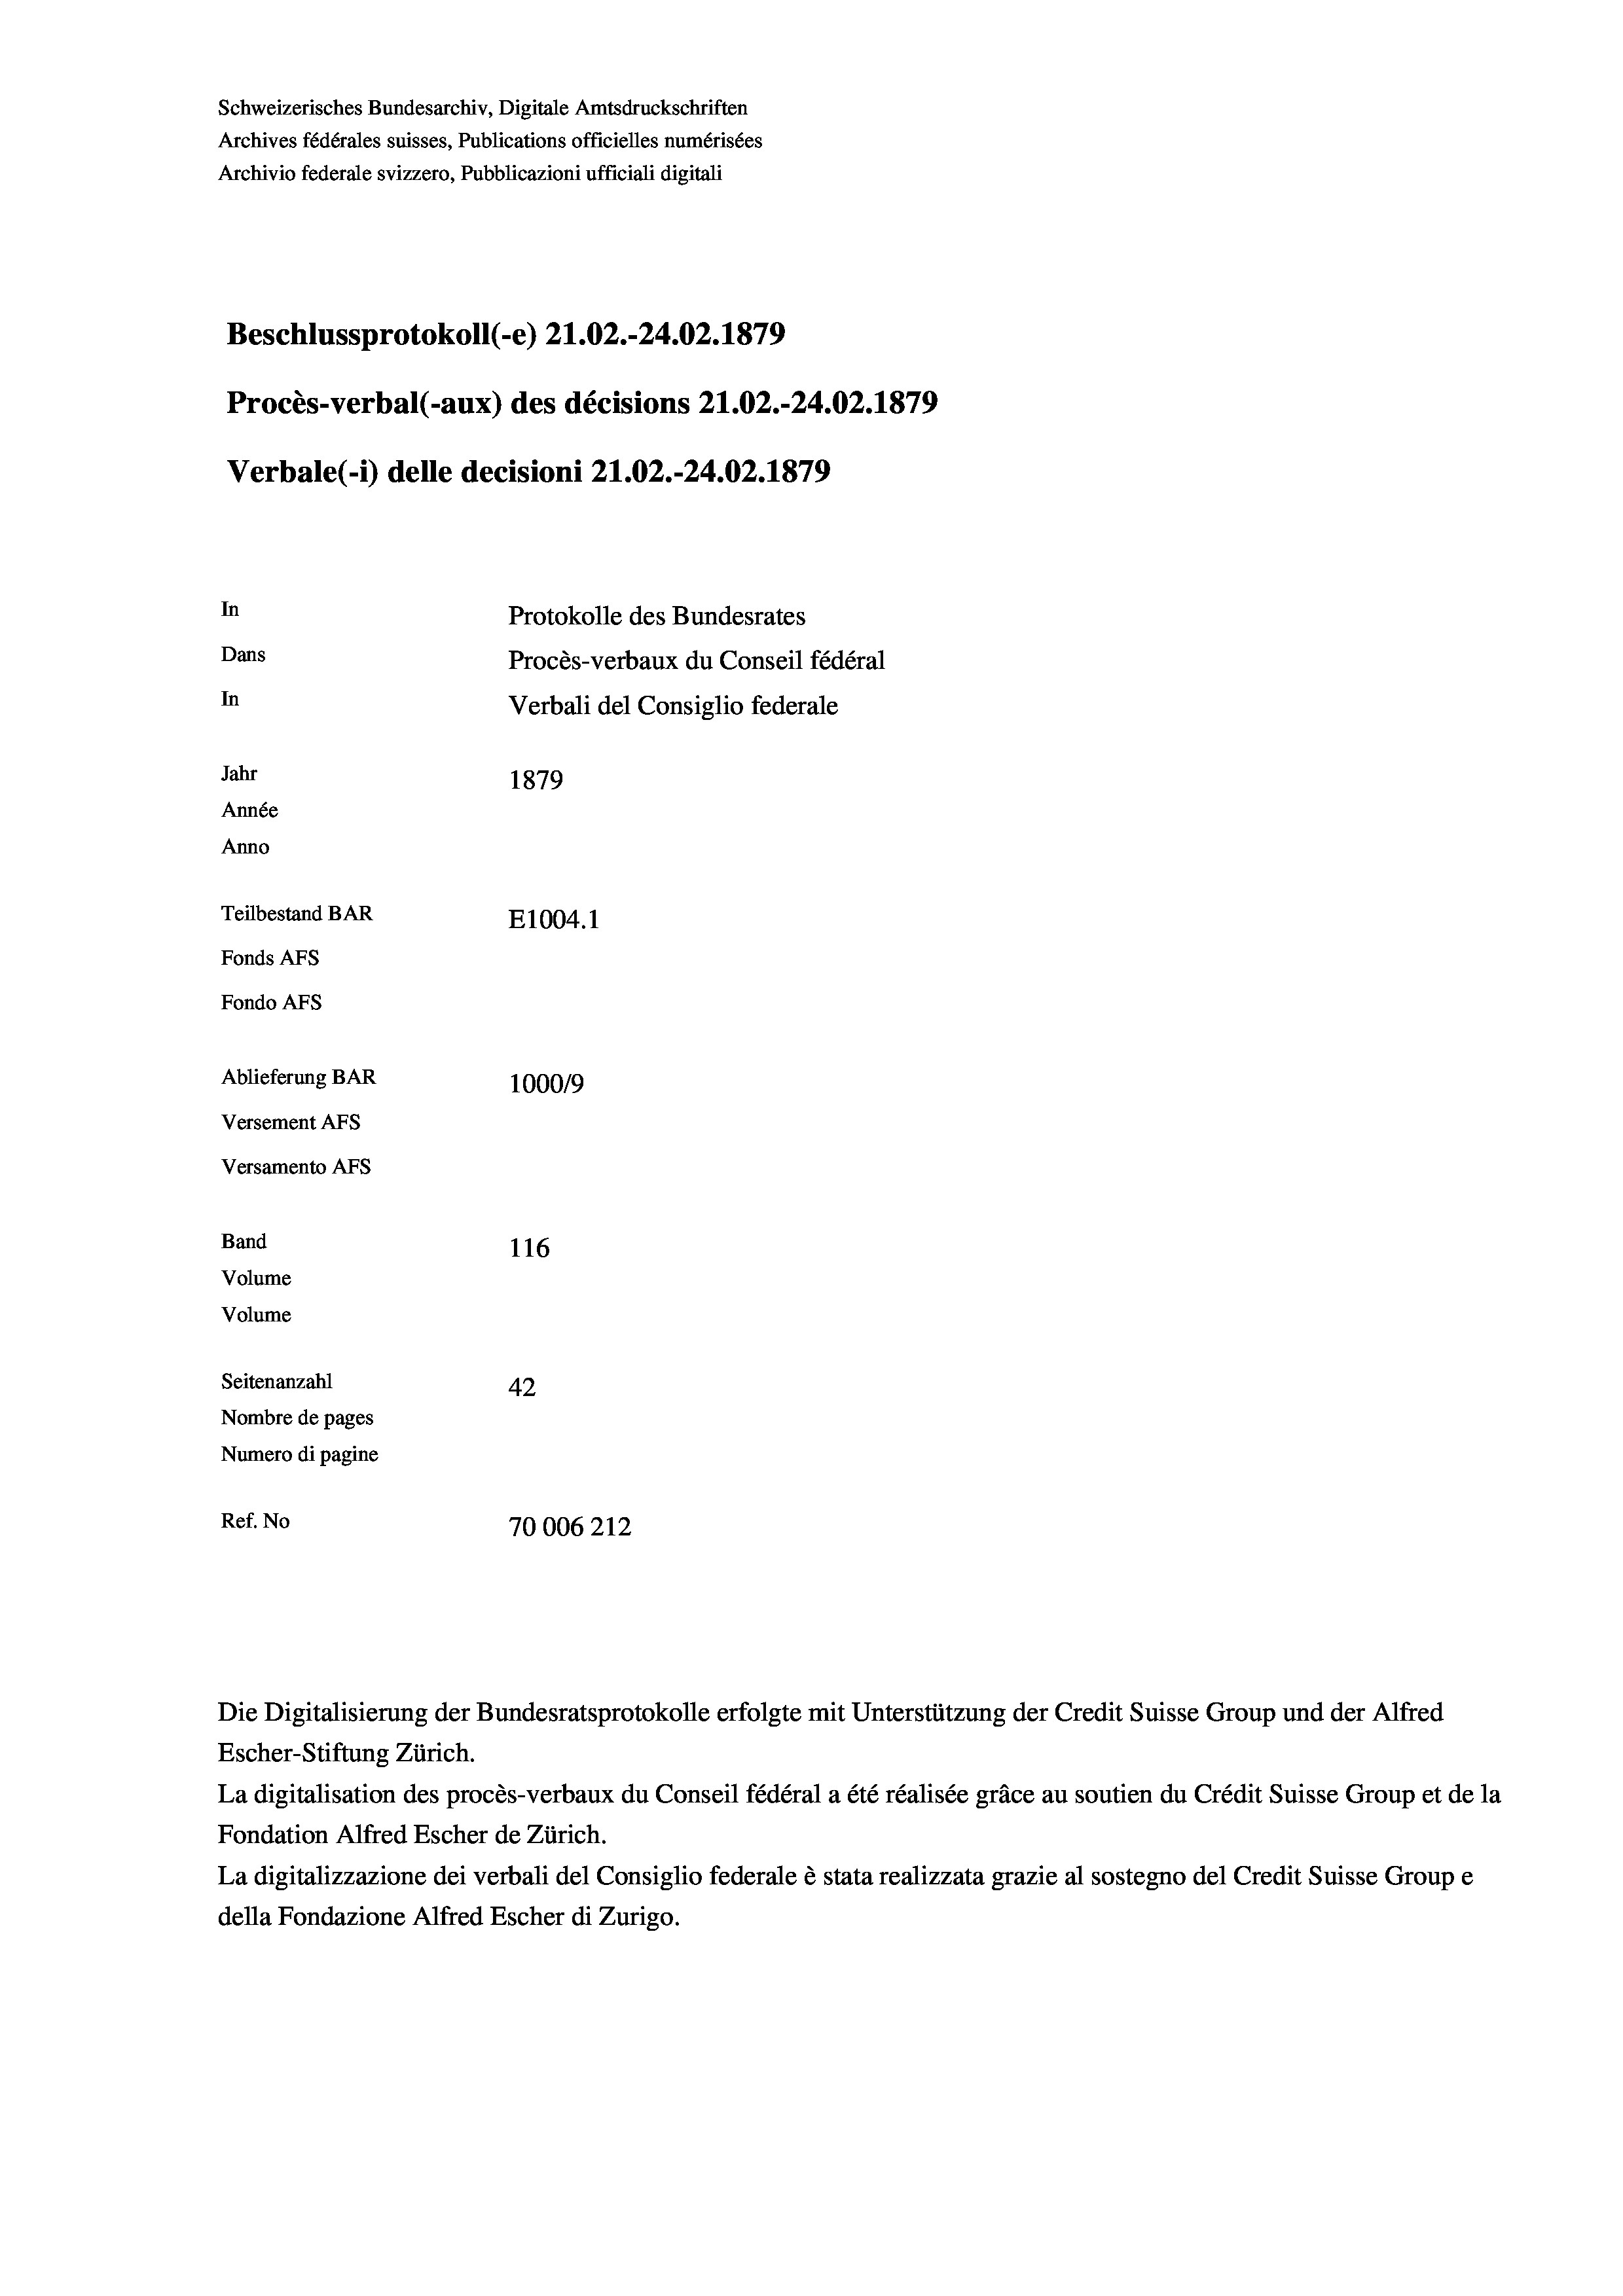
Schweizerisches Bundesarchiv, Digitale Amtsdruckschriften
Archives fédérales suisses, Publications officielles numérisées
Archivio federale svizzero, Pubblicazioni ufficiali digitali
Beschlussprotokoll (-e) 21.02.-24.02. 1879
Procès-verbal (-aux) des décisions 21.02.-24.02. 1879
Verbale(-) delle decisioni 21.02.-24.02. 1879
In
Protokolle des Bundesrates
Dans
Procès-verbaux du Conseil fédéral
In
Verbali del Consiglio federale
Jahr
1879
Année
Anno
Teilbestand BAR
E1004.1
Fonds AFs
Fondo AFs
Ablieferung BAR
100019
Versement AFs
Versamento AFs
Band
116
Volume
Volume
Seitenanzahl
42
Nombre de pages
Numero di pagine
Ref. No
70006212

Die Digitalisierung der Bundesratsprotokolle erfolgte mit Unterstützung der Credit Suisse Group und der Alfred
Escher-Stiftung Zürich.
La digitalisation des procès-verbaux du Conseil fédéral a été réalisée gräce au soutien du Crédit Suisse Group et de la
Fondation Alfred Escher de Zürich.
La digitalizzazione dei verbali del Consiglio federale è stata realizzata grazie al sostegno del Credit Suisse Groupe
della Fondazione Alfred Escher di Zurigo.